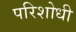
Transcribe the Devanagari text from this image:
परिशोधी